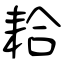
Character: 耠